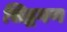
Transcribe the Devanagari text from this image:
सिद्धगण